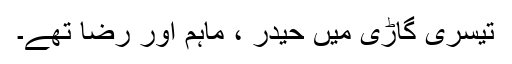
تیسری گاڑی میں حیدر ، ماہم اور رضا تھے۔